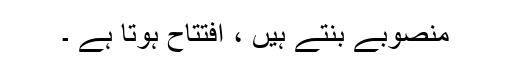
منصوبے بنتے ہیں ، افتتاح ہوتا ہے ۔